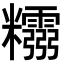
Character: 𥽮